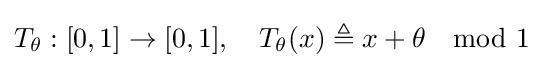
T_{\theta }:[0,1]\rightarrow [0,1],\quad T_{\theta }(x)\triangleq x+\theta \mod 1